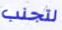
لتجنب